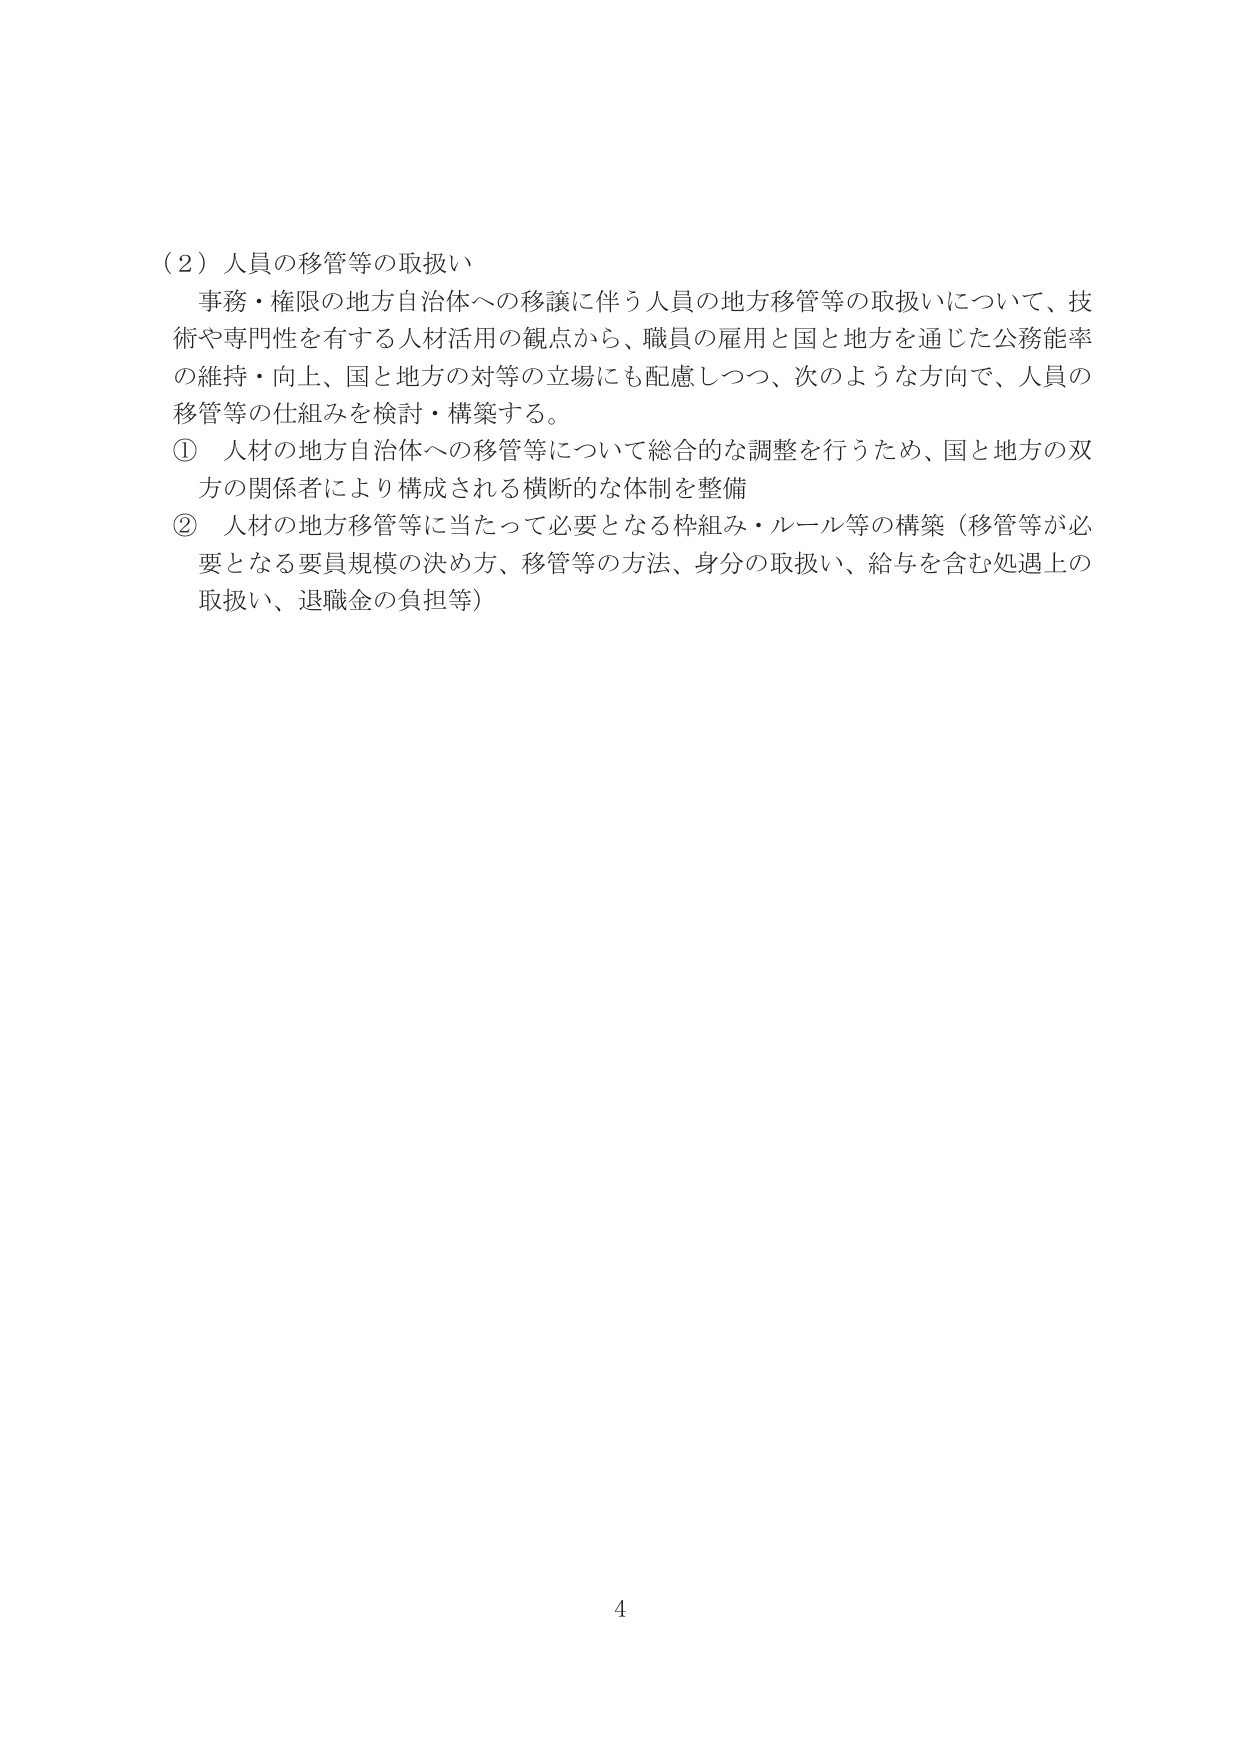
（２）人員の移管等の取扱い
事務・権限の地方自治体への移譲に伴う人員の地方移管等の取扱いについて、技術や専門性を有する人材活用の観点から、職員の雇用と国と地方を通じた公務能率の維持・向上、国と地方の対等の立場にも配慮しつつ、次のような方向で、人員の移管等の仕組みを検討・構築する。
① 人材の地方自治体への移管等について総合的な調整を行うため、国と地方の双方の関係者により構成される横断的な体制を整備
② 人材の地方移管等に当たって必要となる枠組み・ルール等の構築（移管等が必要となる要員規模の決め方、移管等の方法、身分の取扱い、給与を含む処遇上の取扱い、退職金の負担等）
4